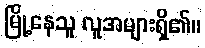
မြို့နေသူ လူအများရှိ၏။